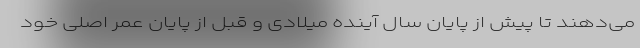
می‌دهند تا پیش از پایان سال آینده میلادی و قبل از پایان عمر اصلی خود